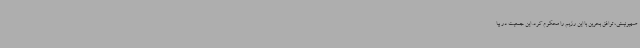
صهیونیستی، توافق بحرین با این رژیم را محکوم کرد. این جمعیت در بیا